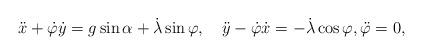
LaTeX: \begin{align*}\ddot{x}+\dot{\varphi}\dot{y}=g\sin\alpha+\dot{\lambda}\sin\varphi,\quad\ddot{y}-\dot{\varphi}\dot{x}=-\dot{\lambda}\cos\varphi,\ddot{\varphi}=0,\end{align*}